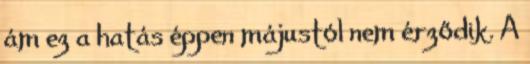
ám ez a hatás éppen májustól nem érződik. A